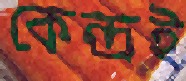
কেন্দ্রই